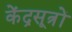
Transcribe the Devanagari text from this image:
केंद्रसूत्रों